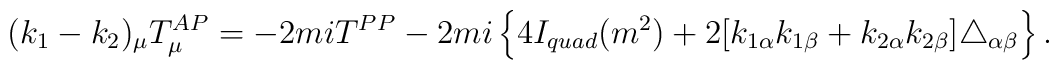
(k_{1}-k_{2})_{\mu }T_{\mu }^{AP}=-2miT^{PP}-2mi\left\{4I_{quad}(m^{2})+2[k_{1\alpha }k_{1\beta }+k_{2\alpha }k_{2\beta }]\triangle_{\alpha \beta }\right\} .